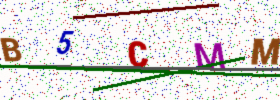
Text: B5CMM